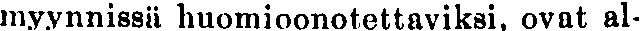
myynnissä huomioonotettaviksi, ovat al-